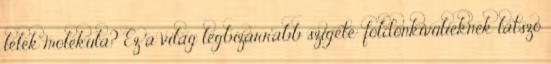
lélek molekula? Ez a világ legbizarrabb szigete: földönkívülieknek látszó